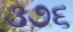
૩૭૬